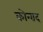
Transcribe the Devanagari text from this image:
कोन्‍राद